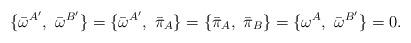
LaTeX: \begin{align*}\{{\bar \omega}^{A^\prime},\ {\bar \omega}^{B^\prime}\}=\{{\bar \omega}^{A^\prime},\ {\bar \pi_{A}}\} = \{{\bar \pi_{A}},\ {\bar \pi_{B}}\} = \{{\omega}^{A},\ {\bar \omega}^{B^\prime}\} = 0.\end{align*}